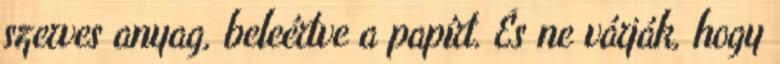
szerves anyag, beleértve a papírt. És ne várják, hogy